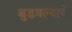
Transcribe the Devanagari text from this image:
बुडवल्याचे